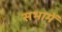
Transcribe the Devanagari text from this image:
सभामें